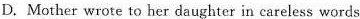
D.Mother wrote to her daughter in careless words